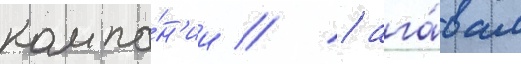
компа́н'ии // / ага́вам